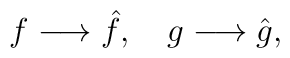
f \longrightarrow \hat{f}, \quad g \longrightarrow \hat{g},